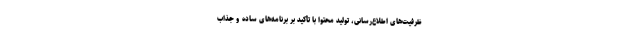
ظرفیت‌های اطلاع‌رسانی، تولید محتوا با تأکید بر برنامه‌های ساده و جذاب